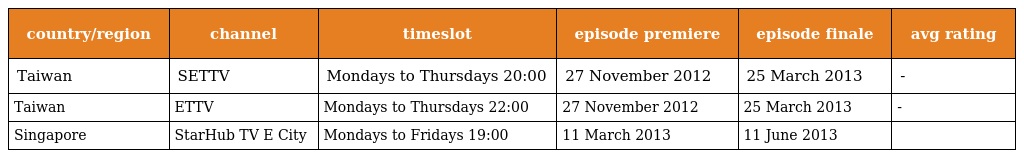
| country/region | channel | timeslot | episode premiere | episode finale | avg rating |
 | --- | --- | --- | --- | --- | --- |
 | Taiwan | SETTV | Mondays to Thursdays 20:00 | 27 November 2012 | 25 March 2013 | - |
 | Taiwan | ETTV | Mondays to Thursdays 22:00 | 27 November 2012 | 25 March 2013 | - |
 | Singapore | StarHub TV E City | Mondays to Fridays 19:00 | 11 March 2013 | 11 June 2013 |  |